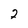
Character: 2